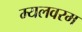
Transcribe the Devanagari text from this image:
म्यलवरम